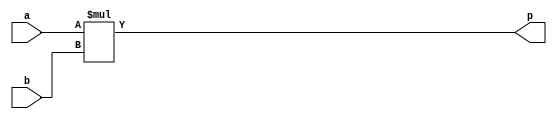
`timescale 1ns / 1ps


module multiplier(
    input signed [7:0]a,
    input signed [7:0]b,
    output signed [15:0]p
    );
    
    assign p = a*b;
endmodule